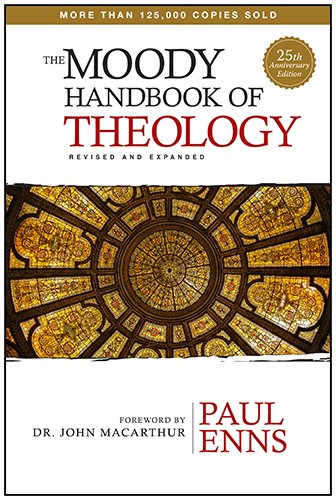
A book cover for The Moody Handbook of Theology; Paul P Enns; Christian Books & Bibles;